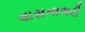
વાસનાભરી